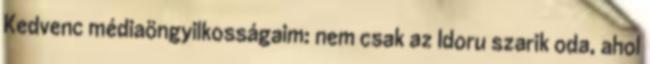
Kedvenc médiaöngyilkosságaim: nem csak az Idoru szarik oda, ahol